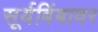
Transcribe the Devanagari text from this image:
सूर्यबिंबावर